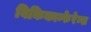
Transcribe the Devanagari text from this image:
विकिकान्फेरेन्स